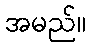
အမည်။